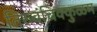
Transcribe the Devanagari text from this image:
तिरुवंचिक्कुळम